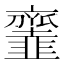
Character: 𩐓